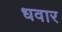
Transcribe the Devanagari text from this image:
धवार